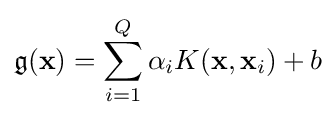
{\mathfrak {g}}(\mathbf {x} )=\sum _{i=1}^{Q}\alpha _{i}K(\mathbf {x} ,\mathbf {x} _{i})+b